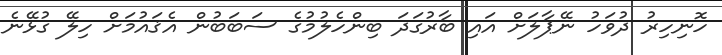
ހޮނިހިރު ދުވަހު ނޭޕާލަށް އައި ބާރުގަދަ ބިންހެލުމުގެ ސަބަބުން އެޤައުމަށް ހިލޭ ގުޅޭނެ